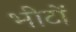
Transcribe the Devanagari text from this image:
भीटों